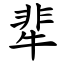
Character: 㹃